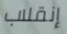
إنقلاب